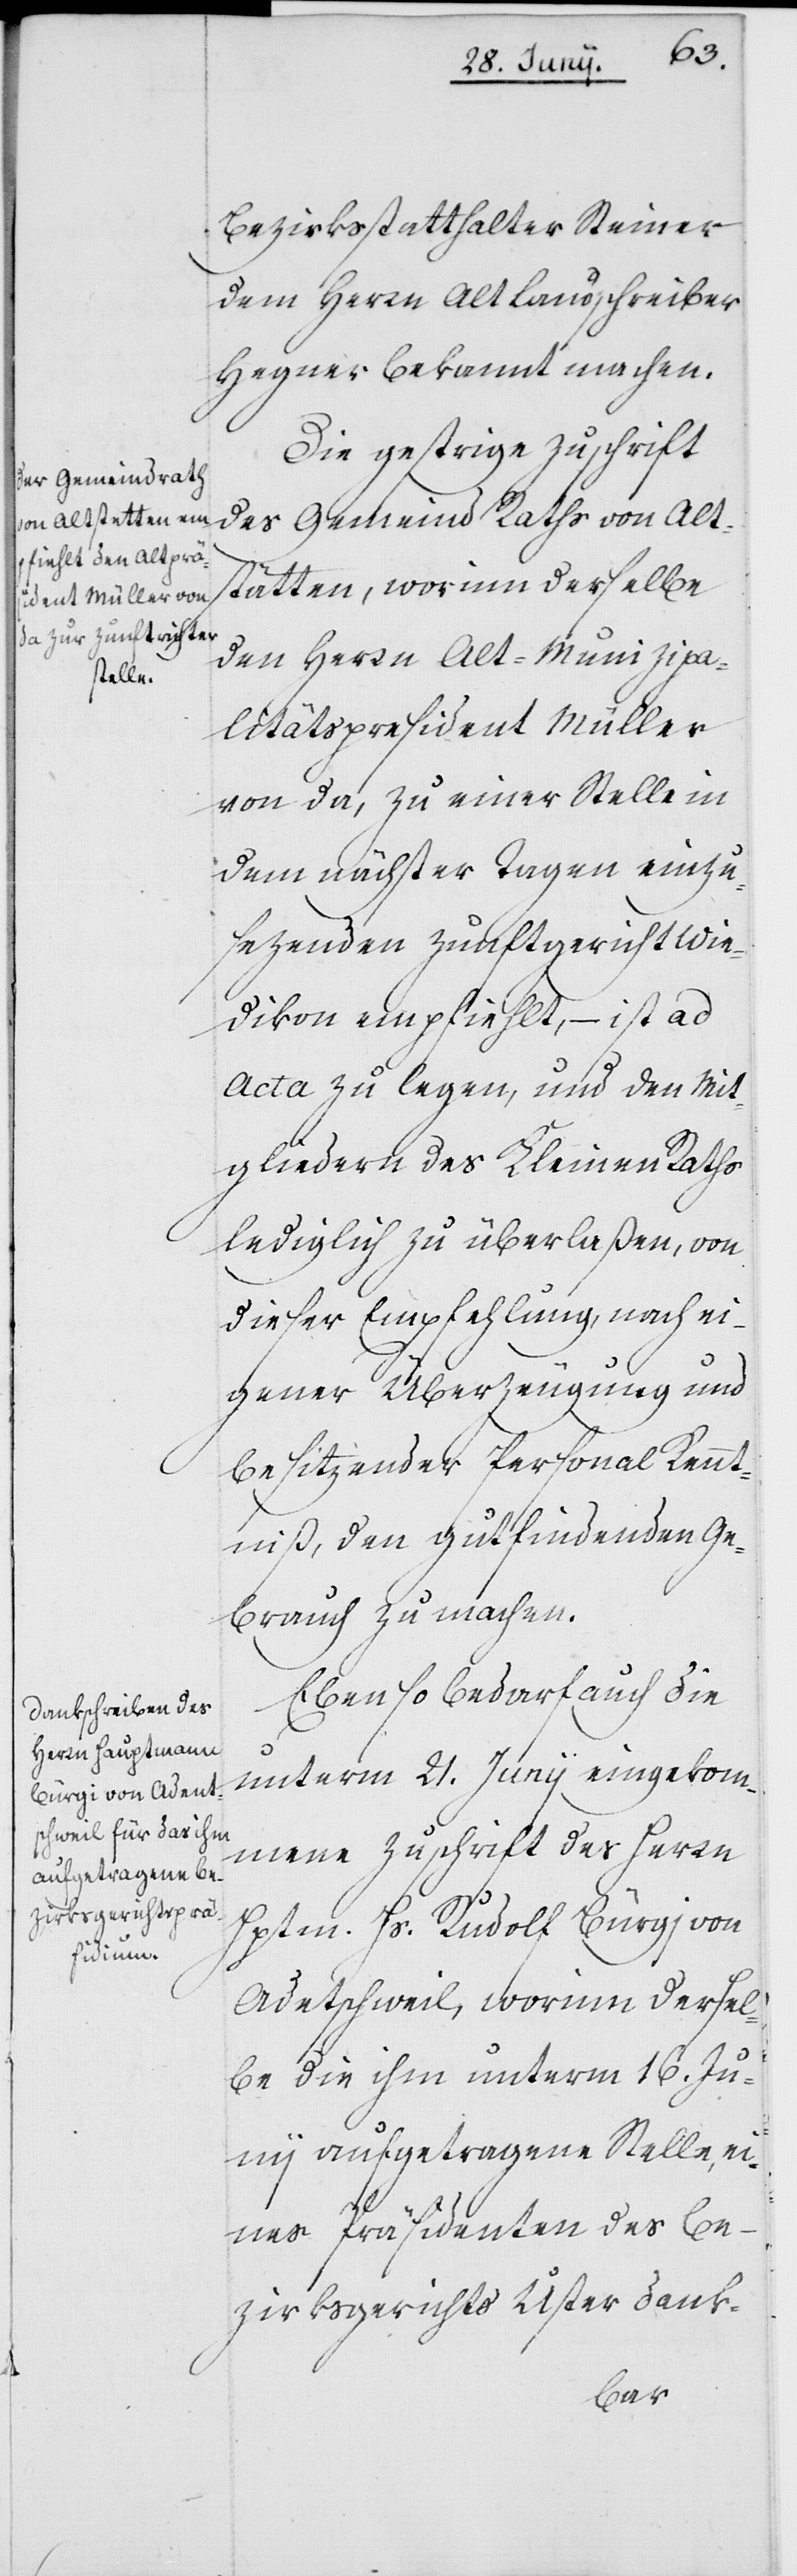
stätten
worinn

Bezirksstatthalter Steiner
dem Herrn Alt Landschreiber
Hegner bekannt machen.
Die gestrige Zuschrift
des Gemeind Raths von Alt¬
den Herrn Alt-Munizipa¬
litätspräsident Müller
von da, zu einer Stelle in
dem nächster Tagen einzu¬
sezenden Zunftgericht Wie¬
dikon empfiehlt, – ist ad
acta zu legen, und den Mit¬
gliedern des Kleinen Raths
lediglich zu überlaßen, von
dieser Empfehlung, nach ei¬
gener Überzeugung und
besizender Personal Kennt¬
niß, den gutfindenden Ge¬
brauch zu machen.
Ebenso bedarf auch die
unterm 21. Junii eingekom¬
mene Zuschrift des Herrn
Hptm. Hs. Rudolf Bürgi von
Adetschweil [sic!], worinn dersel¬
be die ihm unterm 16. Ju¬
nii aufgetragene Stelle, ei¬
nes Präsidenten des Be¬
zirksgerichts Uster dank-